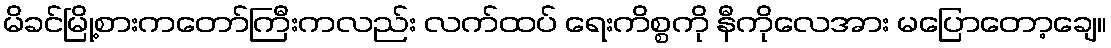
မိခင်မြို့စားကတော်ကြီးကလည်း လက်ထပ် ရေးကိစ္စကို နီကိုလေအား မပြောတော့ချေ။